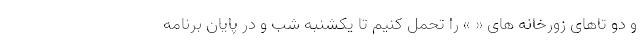
و دو تاهای زورخانه های « » را تحمل کنیم تا یکشنبه شب و در پایان برنامه